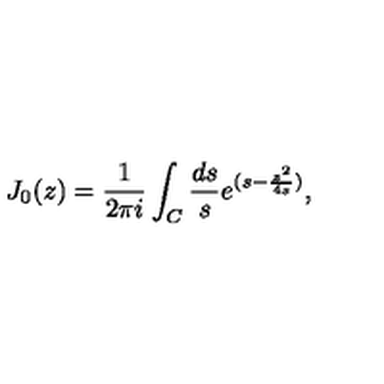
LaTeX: J _ { 0 } ( z ) = \frac { 1 } { 2 \pi i } \int _ { C } { \frac { d s } { s } } e ^ { ( s - { \frac { z ^ { 2 } } { 4 s } } ) } ,